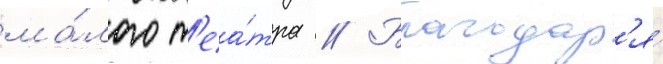
ма́лого т'еа́тра // Благодар'я́